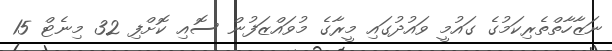
ނަޒާހާތްތެރިކަމުގެ ގައުމީ ވައުދުގައި މީރާގެ މުވައްޒަފުން ސޮއި ކޮށްފި 32 މިނެޓް 15